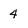
Character: 4